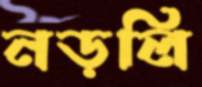
নড়লি